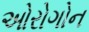
ઓરોગોન